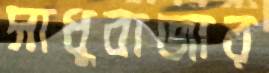
সাধুবাজার